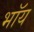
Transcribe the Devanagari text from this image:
भॉय